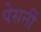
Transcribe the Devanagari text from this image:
पेसनीं